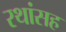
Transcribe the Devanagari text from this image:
रथांसह